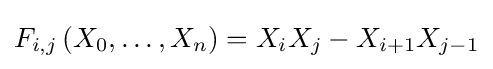
F_{i,j}\left(X_{0},\ldots ,X_{n}\right)=X_{i}X_{j}-X_{i+1}X_{j-1}